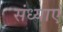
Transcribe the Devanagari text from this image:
संध्याएं